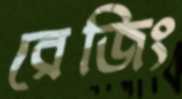
রেজিং